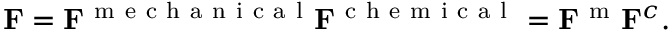
{ \bf F } = { \bf F } ^ { \mathrm { ~ m ~ e ~ c ~ h ~ a ~ n ~ i ~ c ~ a ~ l ~ } } { \bf F } ^ { \mathrm { ~ c ~ h ~ e ~ m ~ i ~ c ~ a ~ l ~ } } = { \bf F } ^ { \mathrm { ~ m ~ } } { \bf F } ^ { c } .